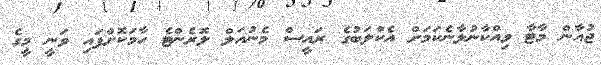
ޖުއާން މާޓާ ވިއްކާނުލާނެކަމަށް އެކްލަބުގެ ރައީސް މެނުއަލް ލޮރެންޓެ ހާމަކޮށްފައި ވަނީ މީގެ